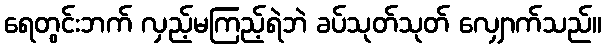
ရေတွင်းဘက် လှည့်မကြည့်ရဲဘဲ ခပ်သုတ်သုတ် လျှောက်သည်။